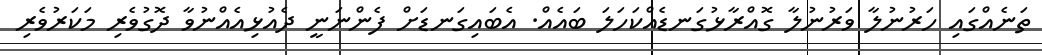
ތަނެއްގައި ހަރުނުލާ ވަރުނުލާ ގޮއްރާޅުގަނޑެއްކަހަލަ ބައެއް. އެބައިގަނޑަށް ފެންނަނީ ދެއުޅިއެއްނުވާ ދޮގުވެރި މަކަރުވެރި